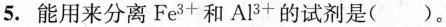
5. 能用来分离Fe^{3+}和Al^{3+}的试剂是( )。